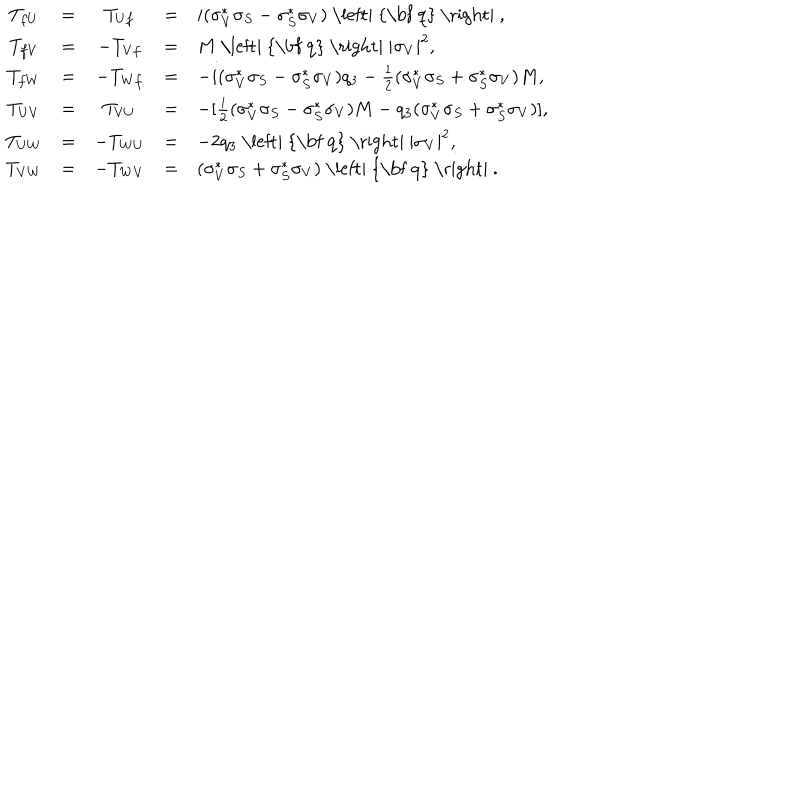
\begin{array} { c c c c l } { { T _ { f U } } } & { { = } } & { { T _ { U f } } } & { { = } } & { { i ( \sigma _ { V } ^ { \ast } \sigma _ { S } - \sigma _ { S } ^ { \ast } \sigma _ { V } ) \mathrm { ~ \left| ~ { \bf ~ q } ~ \right| ~ } , } } \\ { { T _ { f V } } } & { { = } } & { { - T _ { V f } } } & { { = } } & { { M \mathrm { ~ \left| ~ { \bf ~ q } ~ \right| ~ } | \sigma _ { V } | ^ { 2 } , } } \\ { { T _ { f W } } } & { { = } } & { { - T _ { W f } } } & { { = } } & { { - i ( \sigma _ { V } ^ { \ast } \sigma _ { S } - \sigma _ { S } ^ { \ast } \sigma _ { V } ) q _ { 3 } - \frac { 1 } { 2 } ( \sigma _ { V } ^ { \ast } \sigma _ { S } + \sigma _ { S } ^ { \ast } \sigma _ { V } ) M , } } \\ { { T _ { U V } } } & { { = } } & { { T _ { V U } } } & { { = } } & { { - [ \frac { i } { 2 } ( \sigma _ { V } ^ { \ast } \sigma _ { S } - \sigma _ { S } ^ { \ast } \sigma _ { V } ) M - q _ { 3 } ( \sigma _ { V } ^ { \ast } \sigma _ { S } + \sigma _ { S } ^ { \ast } \sigma _ { V } ) ] , } } \\ { { T _ { U W } } } & { { = } } & { { - T _ { W U } } } & { { = } } & { { - 2 q _ { 3 } \mathrm { ~ \left| ~ { \bf ~ q } ~ \right| ~ } | \sigma _ { V } | ^ { 2 } , } } \\ { { T _ { V W } } } & { { = } } & { { - T _ { W V } } } & { { = } } & { { ( \sigma _ { V } ^ { \ast } \sigma _ { S } + \sigma _ { S } ^ { \ast } \sigma _ { V } ) \mathrm { ~ \left| ~ { \bf ~ q } ~ \right| ~ } . } } \\ \end{array}